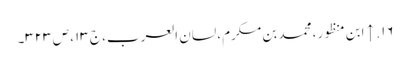
۱۶. ↑ ابن منظور، محمد بن مکرم، لسان العرب، ج ۱۳، ص ۳۲۳۔